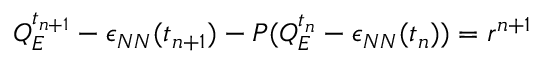
Q _ { E } ^ { t _ { n + 1 } } - \epsilon _ { N N } ( t _ { n + 1 } ) - P ( Q _ { E } ^ { t _ { n } } - \epsilon _ { N N } ( t _ { n } ) ) = r ^ { n + 1 }